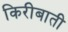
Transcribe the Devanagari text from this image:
किरीबाती